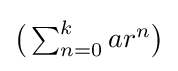
{\textstyle {\bigl (}\sum _{n=0}^{k}ar^{n}{\bigr )}}